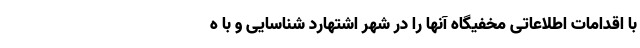
با اقدامات اطلاعاتی مخفیگاه آنها را در شهر اشتهارد شناسایی و با ه